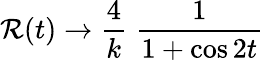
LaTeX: \mathcal{R}(t)\rightarrow\frac{{4}}{{k}}\; \frac{{1}}{{1+\cos2t}}